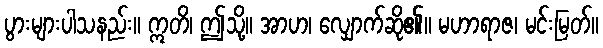
ပွားများပါသနည်း။ ဣတိ၊ ဤသို့။ အာဟ၊ လျှောက်ဆို၏။ မဟာရာဇ၊ မင်းမြတ်။